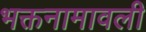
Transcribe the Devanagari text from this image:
भक्तनामावली